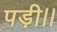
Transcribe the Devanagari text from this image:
पड़ी।।